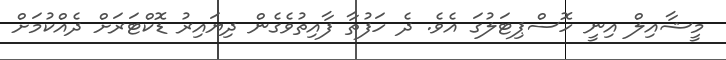
މީޝާއިލް އިނީ ހޮސްޕިޓަލުގަ އެވެ. ދެ ހަފުތާ ފާއިތުވެގެން ދިޔައިރު ޑޮކްޓަރަށް ދެއްކުމަށް